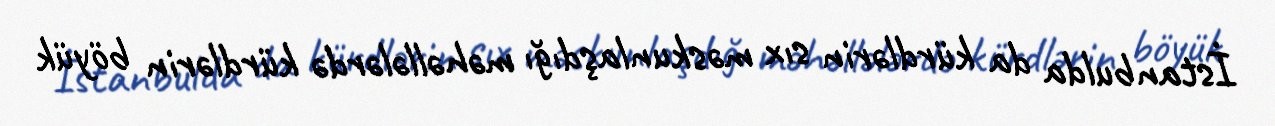
İstanbulda da kürdlərin sıx məskunlaşdığı məhəllələrdə kürdlərin böyük